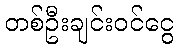
တစ်ဦးချင်းဝင်ငွေ